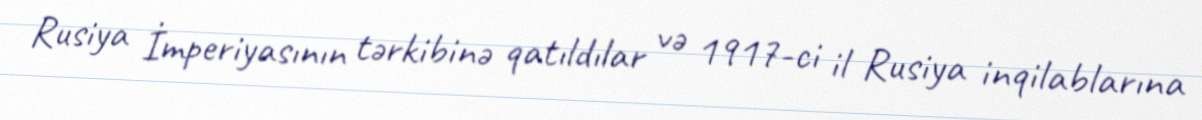
Rusiya İmperiyasının tərkibinə qatıldılar və 1917-ci il Rusiya inqilablarına